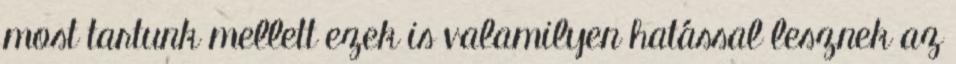
most tartunk mellett ezek is valamilyen hatással lesznek az